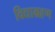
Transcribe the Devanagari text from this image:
विद्याग्रहण